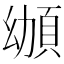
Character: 𩑴